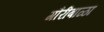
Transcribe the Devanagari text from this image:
गौरीबाळा